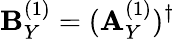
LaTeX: \mathbf{B}_{Y}^{(1)}=(\mathbf{A}_{Y}^{(1)})^{\dagger}